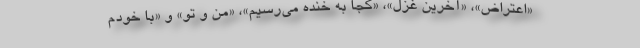
«اعتراض»، «آخرین غزل»، «کجا به خنده می‌رسیم»، «من و تو» و «با خودم